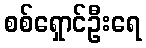
စစ်ရှောင်ဦးရေ